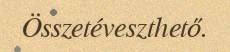
Összetéveszthető.